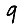
Digit: 9